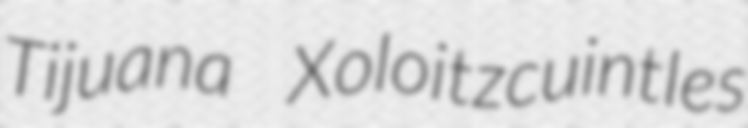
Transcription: Tijuana Xoloitzcuintles